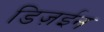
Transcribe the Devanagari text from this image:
डिज़ईन